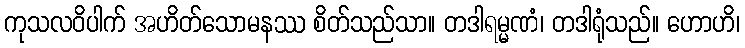
ကုသလဝိပါက် အဟိတ်သောမနဿ စိတ်သည်သာ။ တဒါရမ္မဏံ၊ တဒါရုံသည်။ ဟောဟိ၊